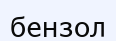
бензол